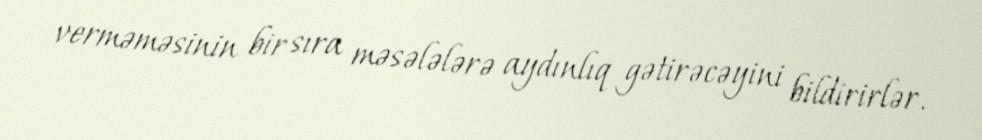
verməməsinin bir sıra məsələlərə aydınlıq gətirəcəyini bildirirlər.